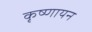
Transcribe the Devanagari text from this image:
कृष्‍णायन